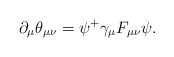
\begin{align*}\partial _\mu \theta _{\mu \nu }=\psi ^{+}\gamma _\mu F_{\mu \nu }\psi .\end{align*}